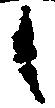
之